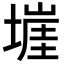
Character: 𭏡